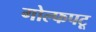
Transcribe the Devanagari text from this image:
गोल्फपटू